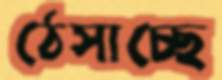
ঠেসাচ্ছে